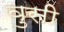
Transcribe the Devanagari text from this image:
वुसी